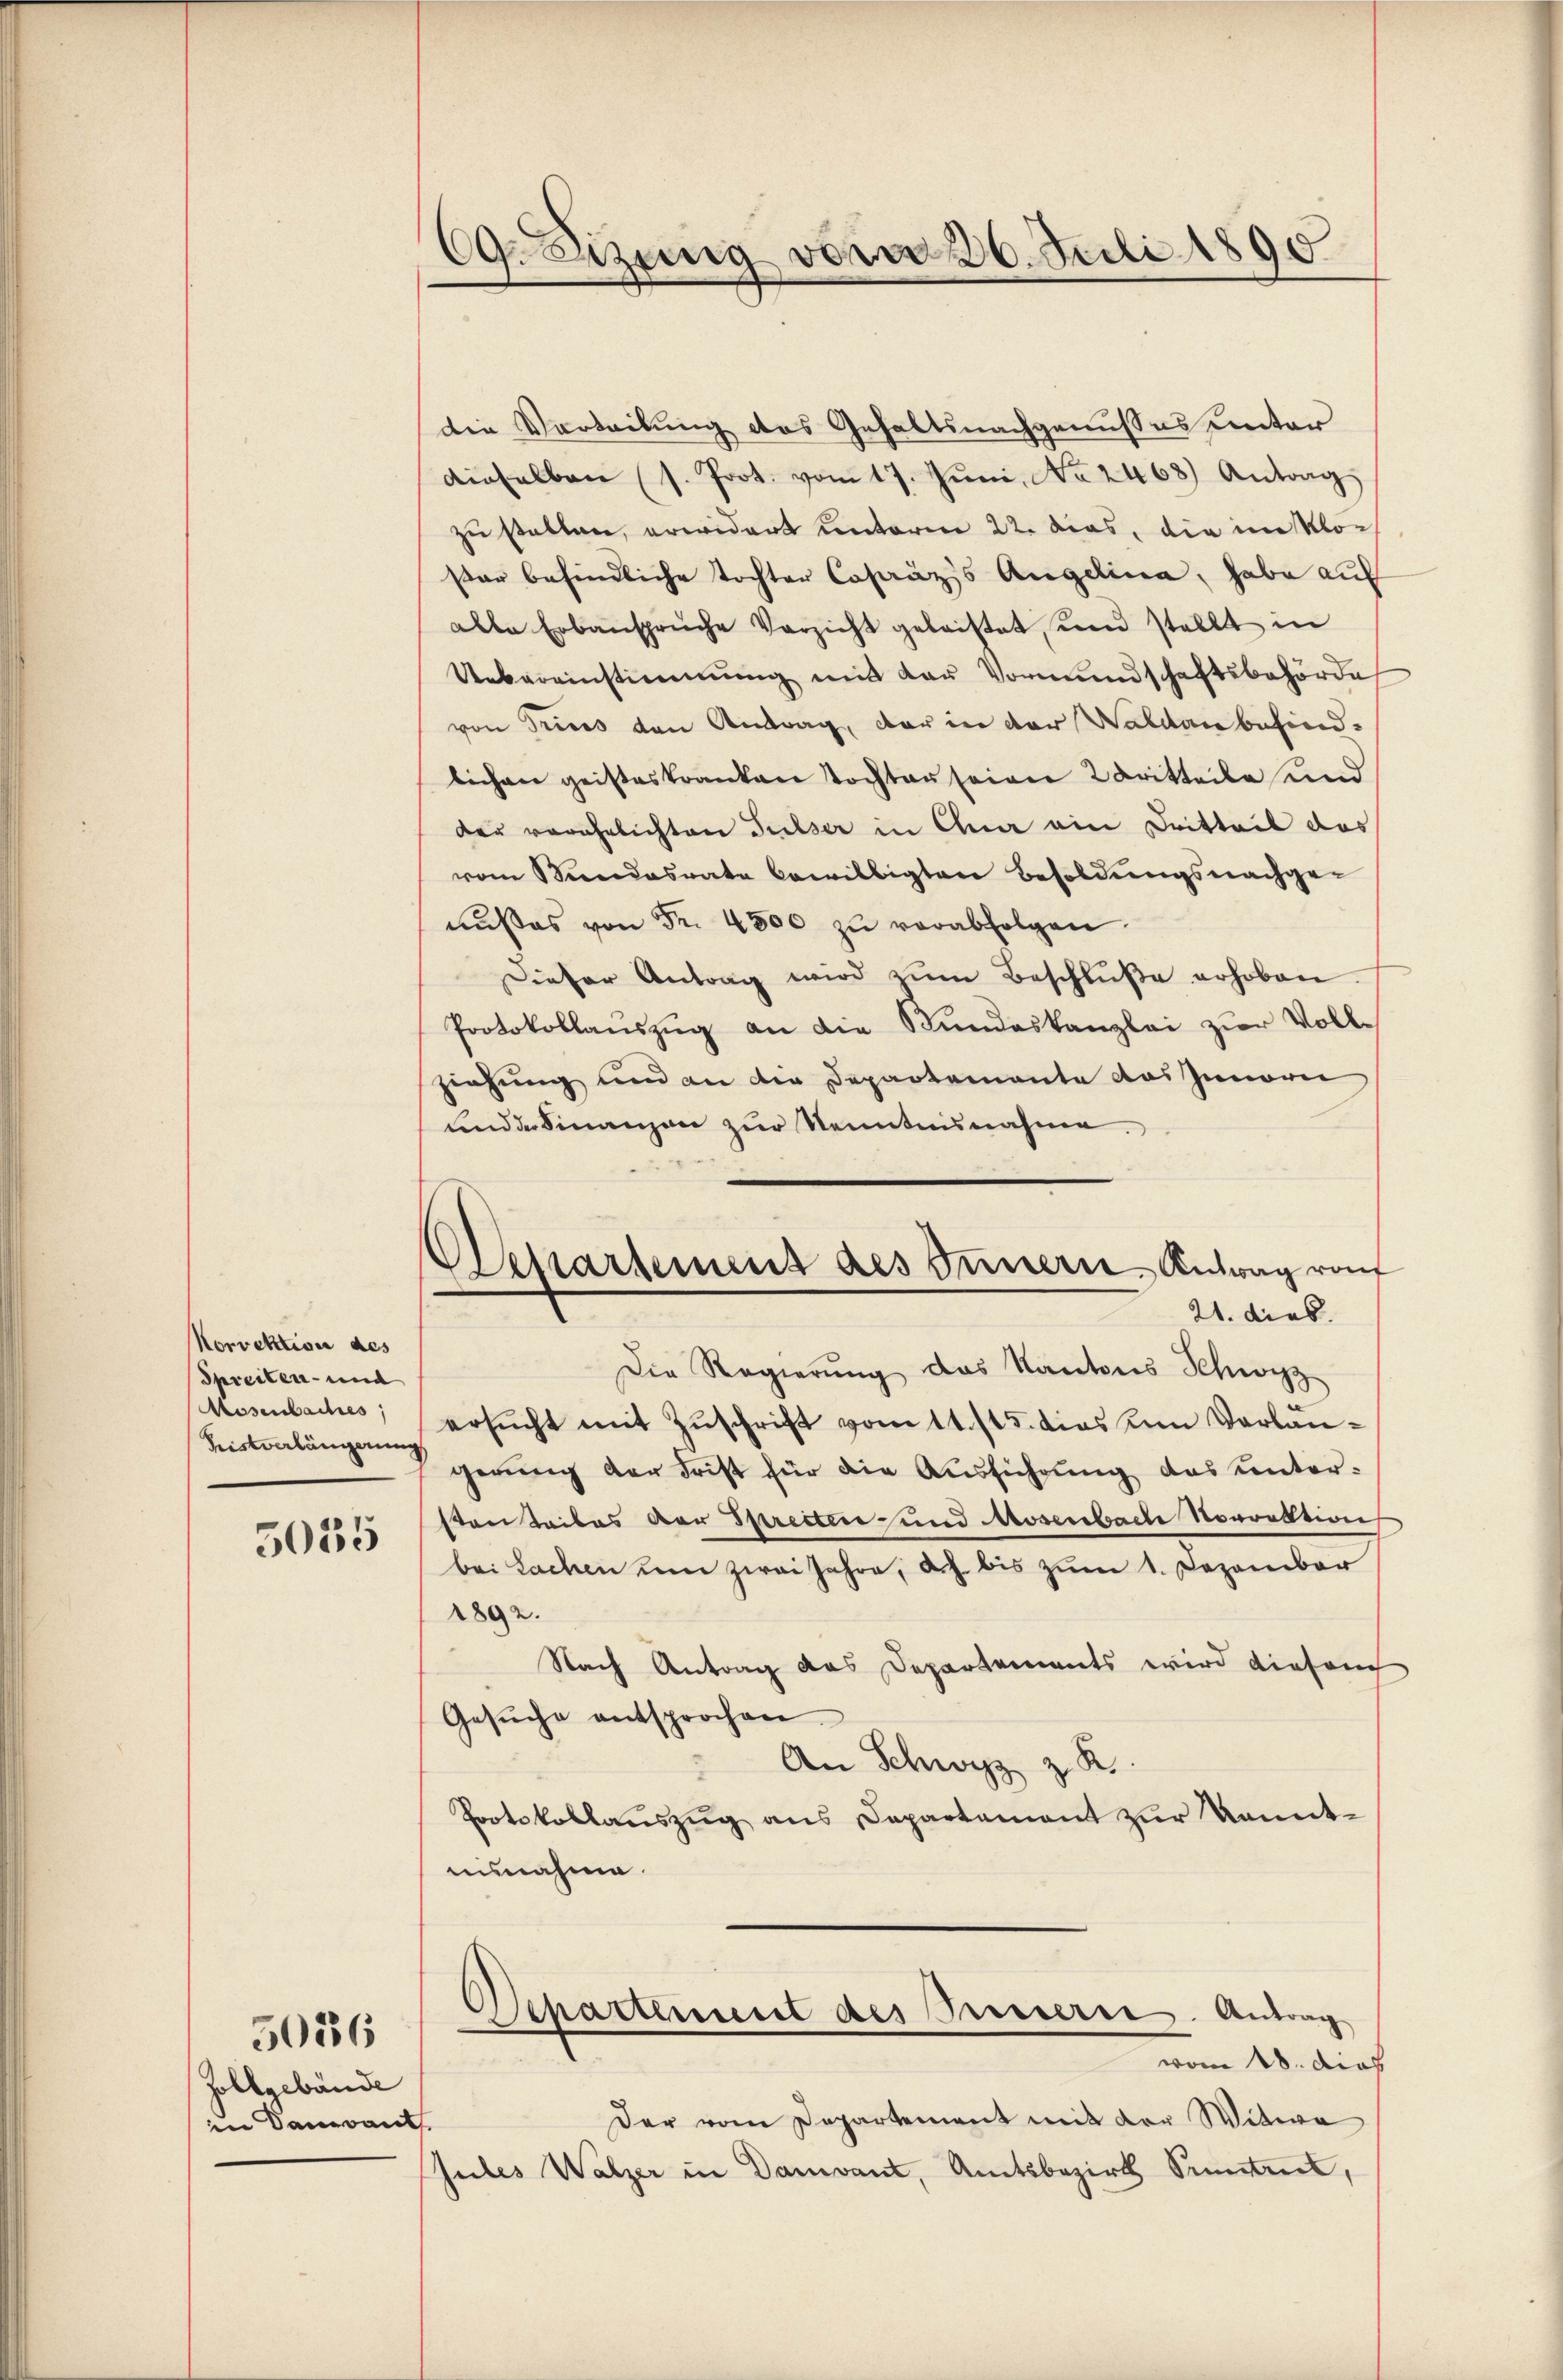
Korrektion des
Spreiten- und
Rosenbaches,
Ristverlängerung

5055

Zollgebäude
in Damant

5036

69. Sizung vom 26. Juli 1890

Departement des Innern Antrag von
21. dies

Die Vertribung des Gehaltsnachgenusses unter
dieselben (s. Prot. vom 17. Juni, No 2468) Antrag,
zu statten, erwidert unterm 22. dies, die im Klosar befindliche Tochter Cosäzzs Angelina, habe auf
alle Erbansprüche Verzicht geleistet, und stellt in
Uebereinstimmung mit der Vormundschaftsbehörde
von Tricos von Antrag, der in der Waldan befindlichen geisteskranken Tochtauseiner 2 Dritteile und
der verehelichten Pulser in Ana ein Dritteil das
vom Kindesrate bewilligten Besoldŭngsnachge-
nŭsses von Fr. 4500 zŭ verabfolgen.
Dieser Antrag wird zŭm Beschlŭβe erhoben.
Protokollaŭszŭg an die Bŭndeskanzlei zŭr Voll-
ziehung und an die Departemente das Innern
und der Finanzen zur Kenntnisnahme.
Die Regierung das Kantons Schwyz
ersŭcht mit Zuschrift vom 11. 115. dies um Verlangerŭng der Frist für die Aŭsführŭng des unter-
stanteiles der Sprectere und Rosenbach Norrektion
bei Sachen um zwei Jahre, d.h. bis zum 1. Dezember
1892.
Nach Antrag das Departements wird diesem
Gesŭche entsprochen.
An Schwyz z. R.
Protokollaŭszŭg ans Departement zŭr kannt-
uisnahme.
Departement des Presserne. Antrag
vom 18. das
Der vom Departement mit der Witwe
t
Jules Walzer in Damvant, Amtsbezirk Pruntrut,